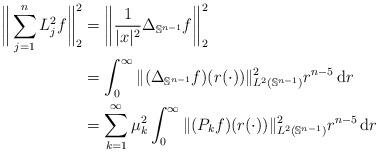
\begin{align*}\bigg\|\sum_{j=1}^n L_j^2 f \bigg\|_{2}^2 & = \bigg\|\frac{1}{|x|^2} \Delta_{\mathbb{S}^{n-1}} f \bigg\|_{2}^2 \\& = \int_0^\infty \| (\Delta_{\mathbb{S}^{n-1}} f)(r(\cdot)) \|_{L^2(\mathbb{S}^{n-1})}^2 r^{n-5} \, \mathrm{d}r \\& = \sum_{k=1}^\infty \mu_k^2\int_0^\infty \| (P_k f)(r(\cdot)) \|_{L^2(\mathbb{S}^{n-1})}^2 r^{n-5} \, \mathrm{d}r\end{align*}